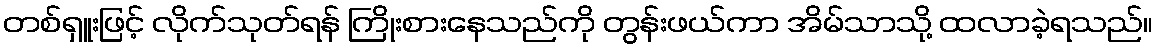
တစ်ရှူးဖြင့် လိုက်သုတ်ရန် ကြိုးစားနေသည်ကို တွန်းဖယ်ကာ အိမ်သာသို့ ထလာခဲ့ရသည်။